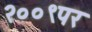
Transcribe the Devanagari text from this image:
२००९पर